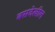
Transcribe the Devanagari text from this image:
बसदेखील